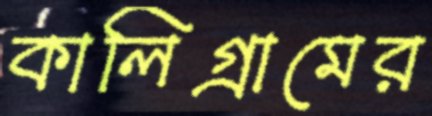
কালিগ্রামের